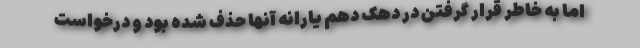
اما به خاطر قرار گرفتن در دهک دهم یارانه آنها حذف شده بود و درخواست